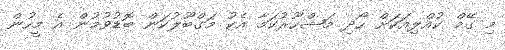
މި ގޭމް ކުއްލިއަކަށް ހޯދި މަޝްހޫރުކަމާ އެކު މަގްބޫލުކަން ބޮޑުވުމުން އެ މީހުން